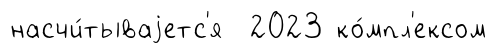
насчи́тываjетс'я 2023 ко́мпл'ексом